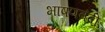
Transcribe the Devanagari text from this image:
भाषणबंदी